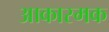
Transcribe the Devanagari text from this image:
आकास्मक